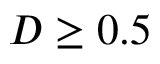
D \ge 0 . 5